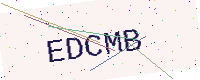
Text: EDCMB